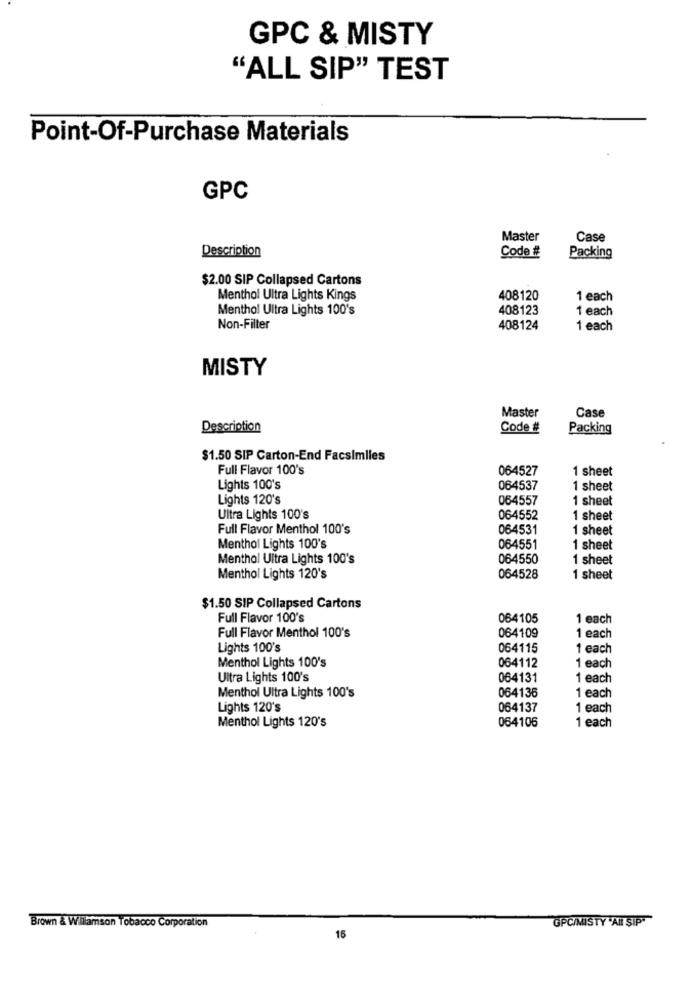
GPC & MISTY
"ALL SIP" TEST
Point-Of-Purchase Materials
GPC
Master
Case
Description
Code #:
Packing
$2.00 SIP Collapsed Cartons
Menthol Ultra Lights Kings
408120
1 each
Menthol Ultra Lights 100's
408123
1 each
Non-Filter
408124
1 each
MISTY
Master
Case
Description
Code #
Packing
$1.50 SIP Carton-End Facsimiles
Full Flavor 100's
064527
1 sheet
Lights 100's
064537
1 sheet
Lights 120's
064557
1 sheet
Ultra Lights 100's
064552
1 sheet
Full Flavor Menthol 100's
064531
1 sheet
Menthol Lights 100's
064551
1 sheet
Menthol Ultra Lights 100's
064550
1 sheet
Menthol Lights 120's
064528
1 sheet
$1.50 SIP Collapsed Cartons
Full Flavor 100's
064105
1 each
064109
Full Flavor Menthol 100's
1 each
Lights 100's
064115
1 each
Menthol Lights 100's
064112
1 each
Ultra Lights 100's
064131
1 each
Menthol Ultra Lights 100's
064136
1 each
Lights 120's
064137
1 each
Menthol Lights 120's
064106
1 each
GPC/MISTY 'All Sip"
Brown & Williamson Tobacco Corporation
15